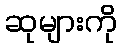
ဆုများကို